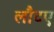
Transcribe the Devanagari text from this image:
लौटए